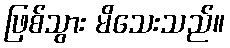
ဖြစ်သွား မိသေးသည်။